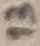
Text: 13